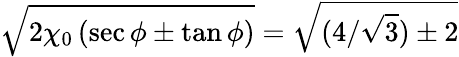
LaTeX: \sqrt{2\chi_{0}\, (\sec\phi\pm\tan\phi)}=\sqrt{(4/\sqrt{3})\pm 2}